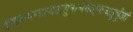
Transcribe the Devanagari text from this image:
दण्डकमण्डल्वक्षसुत्राभयाङ्कचतुर्भुजां